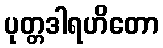
ပုတ္တဒါရဟိတော